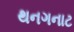
થનગનાટ